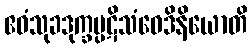
ဧဝံသုခဒုက္ခပ္ပဋိသံဝေဒိနိယောတိ